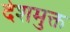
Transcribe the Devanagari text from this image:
देशमुक्त